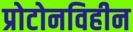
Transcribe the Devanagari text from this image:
प्रोटोनविहीन